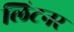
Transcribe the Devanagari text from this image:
लिटनर